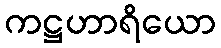
ကဋ္ဌဟာရိယော